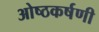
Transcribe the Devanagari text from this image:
ओष्ठकर्षणी